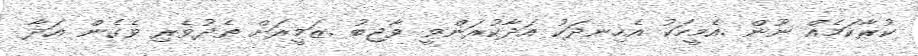
ކުރާކަމެއް ނޫން .އެމީހަކު އެހިނދަކު އަދާކުރަންވީ ވާޖިބު .ޒަމީރަށް ތެދުވެރި ވެގެން އަދާ